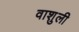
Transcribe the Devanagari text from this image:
वाशुली